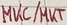
Text: MKC/MKT